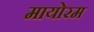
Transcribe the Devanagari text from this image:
मायोरम